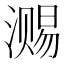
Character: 𣽷